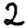
Digit: 2